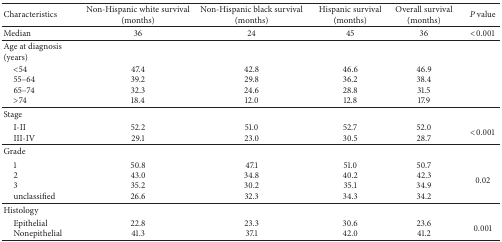
<table><thead><tr><td><b>Characteristics</b></td><td><b>Non-Hispanic white survival(months)</b></td><td><b>Non-Hispanic black survival(months)</b></td><td><b>Hispanic survival(months)</b></td><td><b>Overall survival(months)</b></td><td><b><i>P</i> value</b></td></tr></thead><tbody><tr><td>Median</td><td>36</td><td>24</td><td>45</td><td>36</td><td>&lt;0.001</td></tr><tr><td>Age at diagnosis(years)</td><td> </td><td> </td><td> </td><td> </td><td> </td></tr><tr><td> &lt;54 55–64 65–74 &gt;74</td><td>47.439.232.318.4</td><td>42.829.824.612.0</td><td>46.636.228.812.8</td><td>46.938.431.517.9</td><td> </td></tr><tr><td>Stage</td><td> </td><td> </td><td> </td><td> </td><td> </td></tr><tr><td> I-II III-IV</td><td>52.229.1</td><td>51.023.0</td><td>52.730.5</td><td>52.028.7</td><td>&lt;0.001</td></tr><tr><td>Grade</td><td> </td><td> </td><td> </td><td> </td><td> </td></tr><tr><td> 1 2 3 unclassified</td><td>50.843.035.226.6</td><td>47.134.830.232.3</td><td>51.040.235.134.3</td><td>50.742.334.934.2</td><td>0.02</td></tr><tr><td>Histology</td><td> </td><td> </td><td> </td><td> </td><td> </td></tr><tr><td> Epithelial Nonepithelial</td><td>22.841.3</td><td>23.337.1</td><td>30.642.0</td><td>23.641.2</td><td>0.001</td></tr></tbody></table>